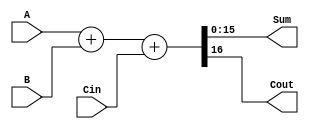
`timescale 1ns / 1ps
//////////////////////////////////////////////////////////////////////////////////
// Company: 
// Engineer: 
// 
// Design Name: 
// Module Name: Parametric_Adder
// Project Name: 
// Target Devices: 
// Tool Versions: 
// Description: 
// 
// Dependencies: 
// 
// Revision:
// Revision 0.01 - File Created
// Additional Comments:
// 
//////////////////////////////////////////////////////////////////////////////////


module Parametric_Adder(Sum, Cout, A, B, Cin);
parameter N = 16;
input wire [N-1:0] A, B;
input wire Cin;
output reg [N-1:0] Sum;
output reg Cout;
// logic description
 always @(*)
 begin
 {Cout, Sum} = A + B + Cin;
 end 
endmodule